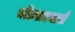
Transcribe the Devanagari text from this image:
मोंटपारनासे